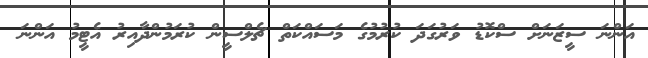
އަންނަ ސީޒަނަށް ސްކޮޑު ވަރުގަދަ ކުރުމުގެ މަސައްކަތް ޗެލްސީން ކުރަމުންދާއިރު އެޓީމު އަންނަ